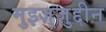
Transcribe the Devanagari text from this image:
मुइज़्ज़ुद्दीन